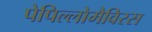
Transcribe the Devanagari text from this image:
पेपिल्लोमैविरस